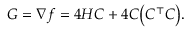
G = \nabla f = 4 H C + 4 C \big ( C ^ { \top } C \big ) .